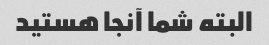
البته شما آنجا هستید